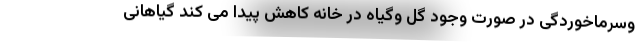
وسرماخوردگی در صورت وجود گل وگیاه در خانه کاهش پیدا می کند گیاهانی